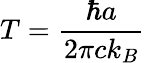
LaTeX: T={\frac{\hbar a}{2\pi ck_{B}}}